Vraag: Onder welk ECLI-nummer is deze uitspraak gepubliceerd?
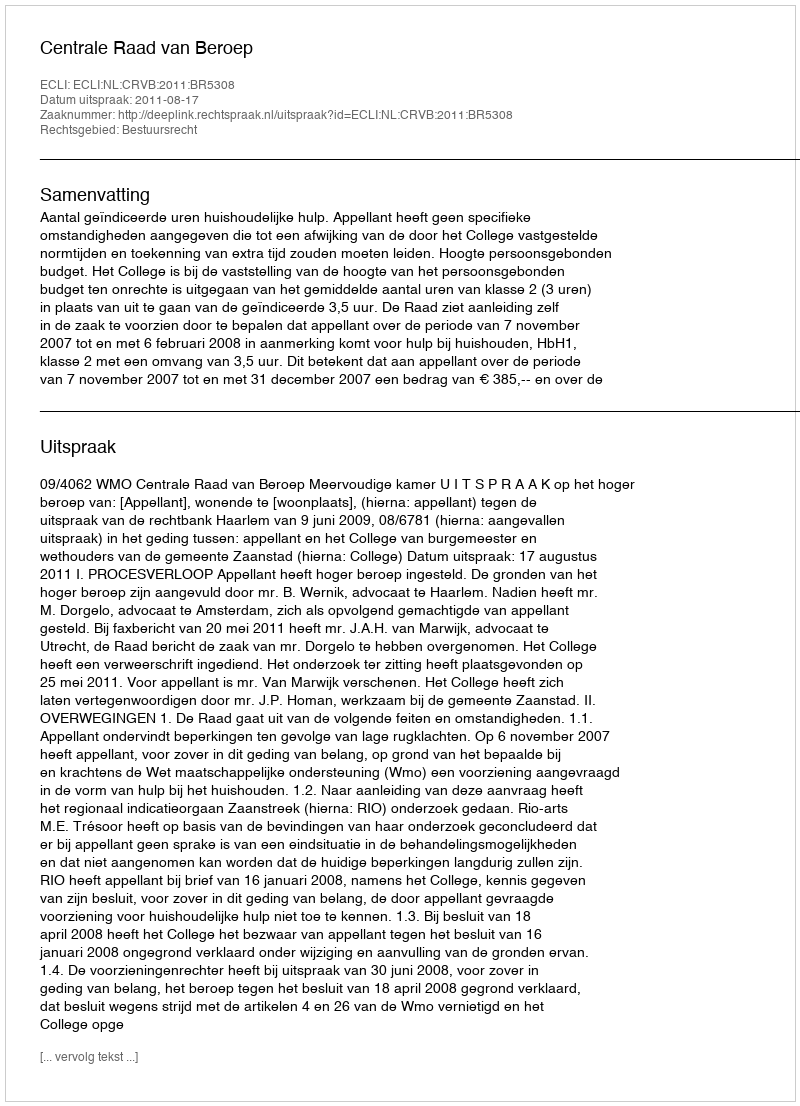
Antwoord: ECLI:NL:CRVB:2011:BR5308